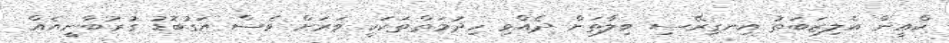
ކްއީން އެލިޒަބަތު އިނގިރޭސި ވިލާތަށް ދެއްވި ހިދުމަތްތަކަކީ ވަރަށް ވެސް އަގުބޮޑު ގުރުބާނީއެއް